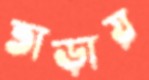
তাড়ায়